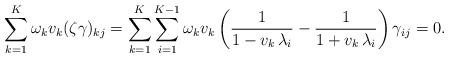
LaTeX: \begin{align*}\sum_{k=1}^K \omega_k v_k (\zeta\gamma)_{kj} &= \sum_{k=1}^K \sum_{i=1}^{K-1} \omega_k v_k \left(\frac{1}{1-v_k\, \lambda_i} - \frac{1}{1+v_k\, \lambda_i} \right) \gamma_{ij} = 0.\end{align*}